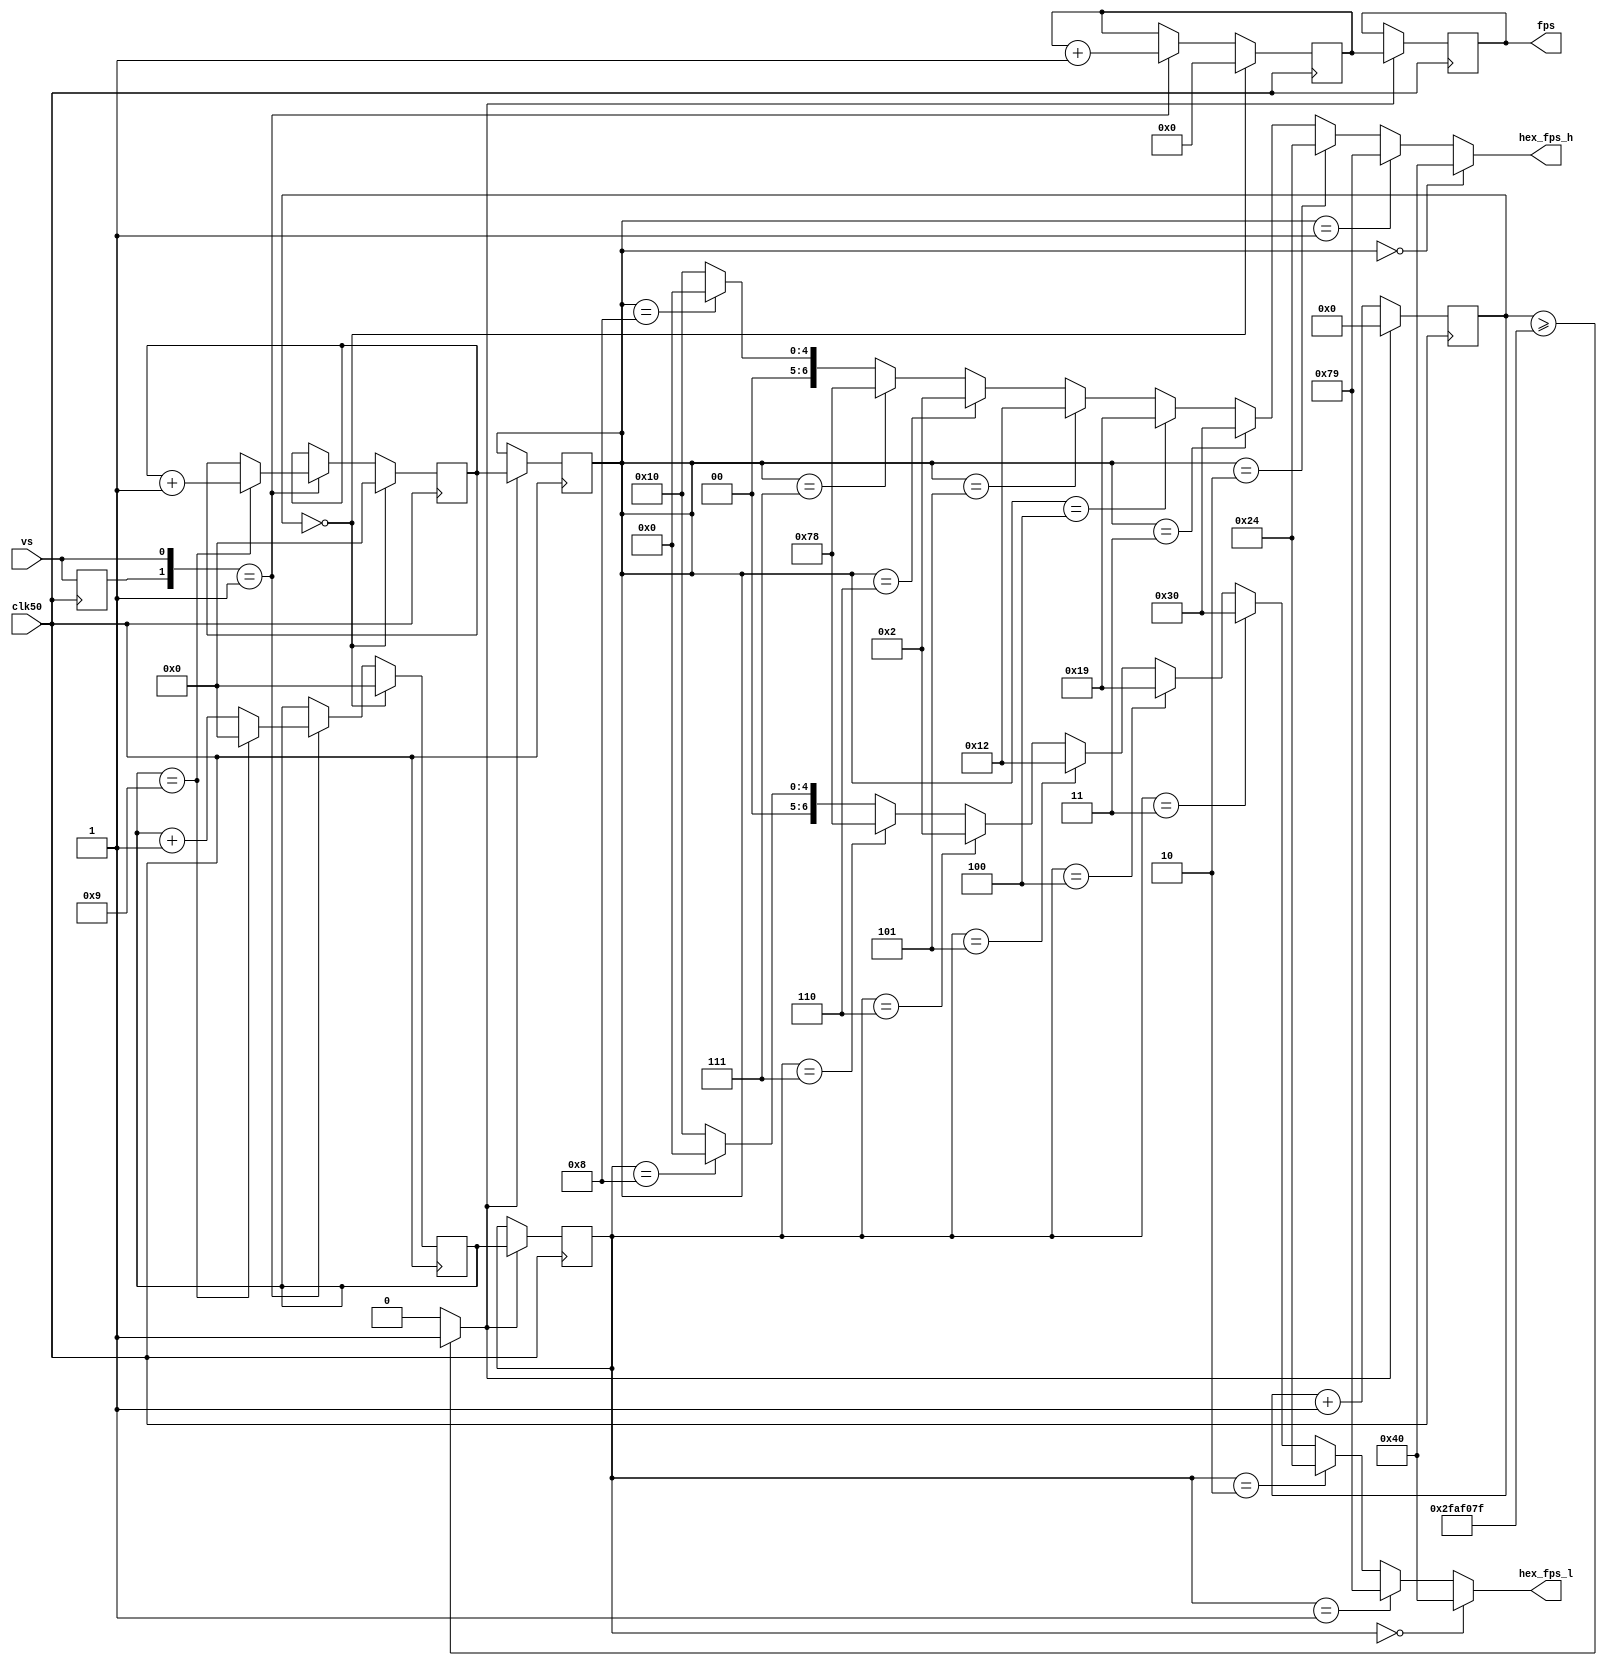
module FpsMonitor(
	input					clk50,
	input     			vs,

	// output frame pixel data
	output reg [7:0]		fps,
	output wire [6:0]		hex_fps_h,
	output wire [6:0]		hex_fps_l
	
);


parameter  ONE_SEC = 32'd50_000_000;

reg [3:0]  fps_h;
reg [3:0]  fps_l;

reg [7:0]  rfps;
reg [3:0]  rfps_l;
reg [3:0]  rfps_h;

reg [26:0] sec_cnt;
reg        pre_vs;
wire       one_sec_mask;

assign one_sec_mask = (sec_cnt>= (ONE_SEC - 1'b1) )?1'b1:1'b0;

always @(posedge clk50) 
  if(one_sec_mask) sec_cnt <= 27'h0;
  else             sec_cnt <= sec_cnt + 1'b1;
 
 
always @(posedge clk50) begin
	  pre_vs <= vs;
	  if(sec_cnt == 27'd0) begin
		 rfps   <= 8'd0;
		 rfps_h <= 4'd0;
		 rfps_l <= 4'd0;
	  end
	  else if({pre_vs,vs} == 2'b01) begin
		  rfps <= rfps + 1'b1;
		  
		  if(rfps_l == 4'd9) begin
			  rfps_l <= 4'd0;
			  rfps_h <=  rfps_h + 1'b1;
		  end
		  else rfps_l <= rfps_l + 1'b1;
	  end
	  
end
  

always @ (posedge clk50) 
  if(one_sec_mask) begin
    fps    <= rfps;
    fps_h  <= rfps_h;
    fps_l  <= rfps_l;
  end

assign hex_fps_h = (fps_h == 4'd0)?7'h40: //0
                   (fps_h == 4'd1)?7'h79: //1
				   	 (fps_h == 4'd2)?7'h24: //2
                   (fps_h == 4'd3)?7'h30: //3
				   	 (fps_h == 4'd4)?7'h19: //4        
				    	 (fps_h == 4'd5)?7'h12: //5
					    (fps_h == 4'd6)?7'h02: //6
					    (fps_h == 4'd7)?7'h78: //7
					    (fps_h == 4'd8)?7'h00: //8
                                   7'h10; //9
											  
assign hex_fps_l = (fps_l == 4'd0)?7'h40: //0
                   (fps_l == 4'd1)?7'h79: //1
				   	 (fps_l == 4'd2)?7'h24: //2
                   (fps_l == 4'd3)?7'h30: //3
				   	 (fps_l == 4'd4)?7'h19: //4        
				    	 (fps_l == 4'd5)?7'h12: //5
					    (fps_l == 4'd6)?7'h02: //6
					    (fps_l == 4'd7)?7'h78: //7
					    (fps_l == 4'd8)?7'h00: //8
                                   7'h10; //9
endmodule